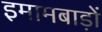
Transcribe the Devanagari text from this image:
इमामबाड़ों